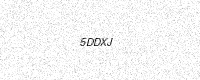
Text: 5DDXJ